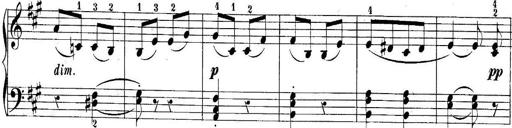
Title: 10 Sonatines progressives
Composer: Anton Schmoll